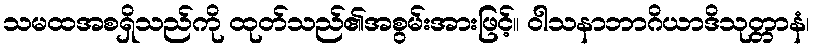
သမထအစရှိသည်ကို ထုတ်သည်၏အစွမ်းအားဖြင့်။ ဝါသနာဘာဂိယာဒိသုတ္တာနံ၊